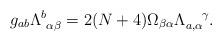
LaTeX: \begin{align*}g_{ab} \Lambda_{~\alpha \beta}^{b} = 2 (N+4) \Omega_{\beta \alpha} \Lambda_{a,\alpha}^{~~~\gamma}.\end{align*}